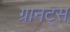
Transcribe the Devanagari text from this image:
ग्रानट्स